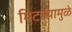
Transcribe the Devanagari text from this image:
मिटल्यामुळे